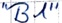
Text: "B1"